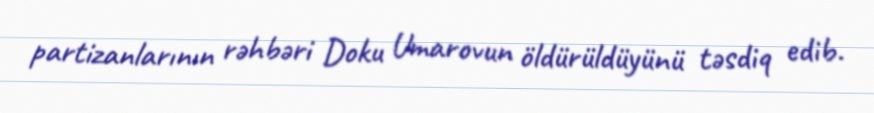
partizanlarının rəhbəri Doku Umarovun öldürüldüyünü təsdiq edib.